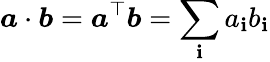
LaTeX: \boldsymbol{a}\cdot\boldsymbol{b}=\boldsymbol{a}^{\top}\boldsymbol{b}=\sum_{\mathbf{i}}a_{\mathbf{i}}b_{\mathbf{i}}